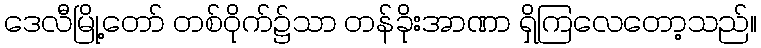
ဒေလီမြို့တော် တစ်ဝိုက်၌သာ တန်ခိုးအာဏာ ရှိကြလေတော့သည်။